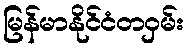
မြန်မာနိုင်ငံတဝှမ်း